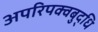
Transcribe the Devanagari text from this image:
अपरिपक्वबुद्धि